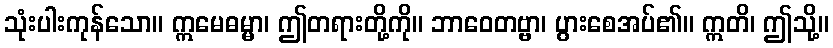
သုံးပါးကုန်သော။ ဣမေဓမ္မာ၊ ဤတရားတို့ကို။ ဘာဝေတဗ္ဗာ၊ ပွားစေအပ်၏။ ဣတိ၊ ဤသို့။